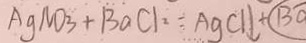
A g N O _ { 3 } + B a C l _ { 2 } = A g C l \downarrow + \textcircled { B a }